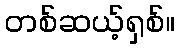
တစ်ဆယ့်ရှစ်။